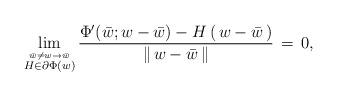
LaTeX: \begin{align*}\displaystyle{\lim_{\stackrel{\bar{w} \neq w \to \bar{w}}{H \in \partial \Phi(w)}}} \, \displaystyle{\frac{\Phi^{\prime}(\bar{w};w - \bar{w}) - H \, ( \, w - \bar{w} \, )}{\| \, w - \bar{w} \, \|}} \, = \, 0,\end{align*}